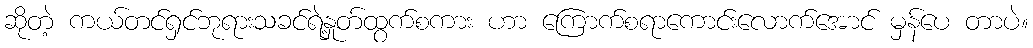
ဆိုတဲ့ ကယ်တင်ရှင်ဘုရားသခင်ရဲ့နှုတ်ထွက်စကား ဟာ ကြောက်စရာကောင်းလောက်အောင် မှန်ပေ တာပဲ။